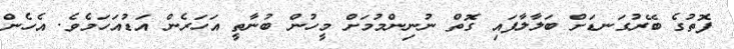
ފޮތުގެ ބޭރުގަނޑަށް ބަލާލާފައި ގޮތް ނުނިންމުމަށް މީހުން ބުނާތީ އަހަރެން އަޑުއަހަމެވެ. އެހެން